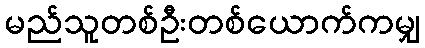
မည်သူတစ်ဦးတစ်ယောက်ကမျှ